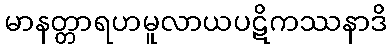
မာနတ္တာရဟမူလာယပဋိကဿနာဒိ